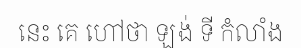
នេះ គេ ហៅថា ឡង់ ទី កំលាំង